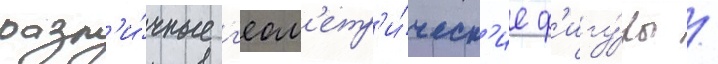
разл'и́чные г'еом'етр'и́ческ'ие ф'игу́ры /